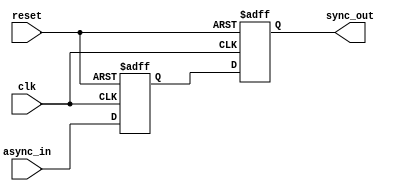
module async_to_sync_converter #(
    parameter NUM_INPUTS = 1 // Number of asynchronous input signals
)(
    input wire clk,                     // Clock signal from the synchronous domain
    input wire reset,                   // Optional reset signal
    input wire [NUM_INPUTS-1:0] async_in, // Asynchronous input signals
    output reg [NUM_INPUTS-1:0] sync_out // Synchronized output signals
);

    // Internal signals for the first stage of synchronization
    reg [NUM_INPUTS-1:0] stage1;

    // Always block for synchronization on the rising edge of the clock
    always @(posedge clk or posedge reset) begin
        if (reset) begin
            // Reset the output and internal stage
            sync_out <= {NUM_INPUTS{1'b0}};
            stage1 <= {NUM_INPUTS{1'b0}};
        end else begin
            // First stage: Sample the asynchronous input
            stage1 <= async_in;

            // Second stage: Sample the output of the first stage
            sync_out <= stage1;
        end
    end

endmodule